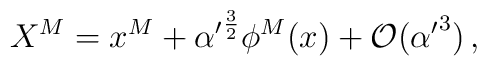
X^M = x^M + {\alpha '}^{\frac{3}{2}} \phi^M(x) +{\cal O}({\alpha '}^{3})\,,